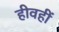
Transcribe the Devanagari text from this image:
हीवहीं